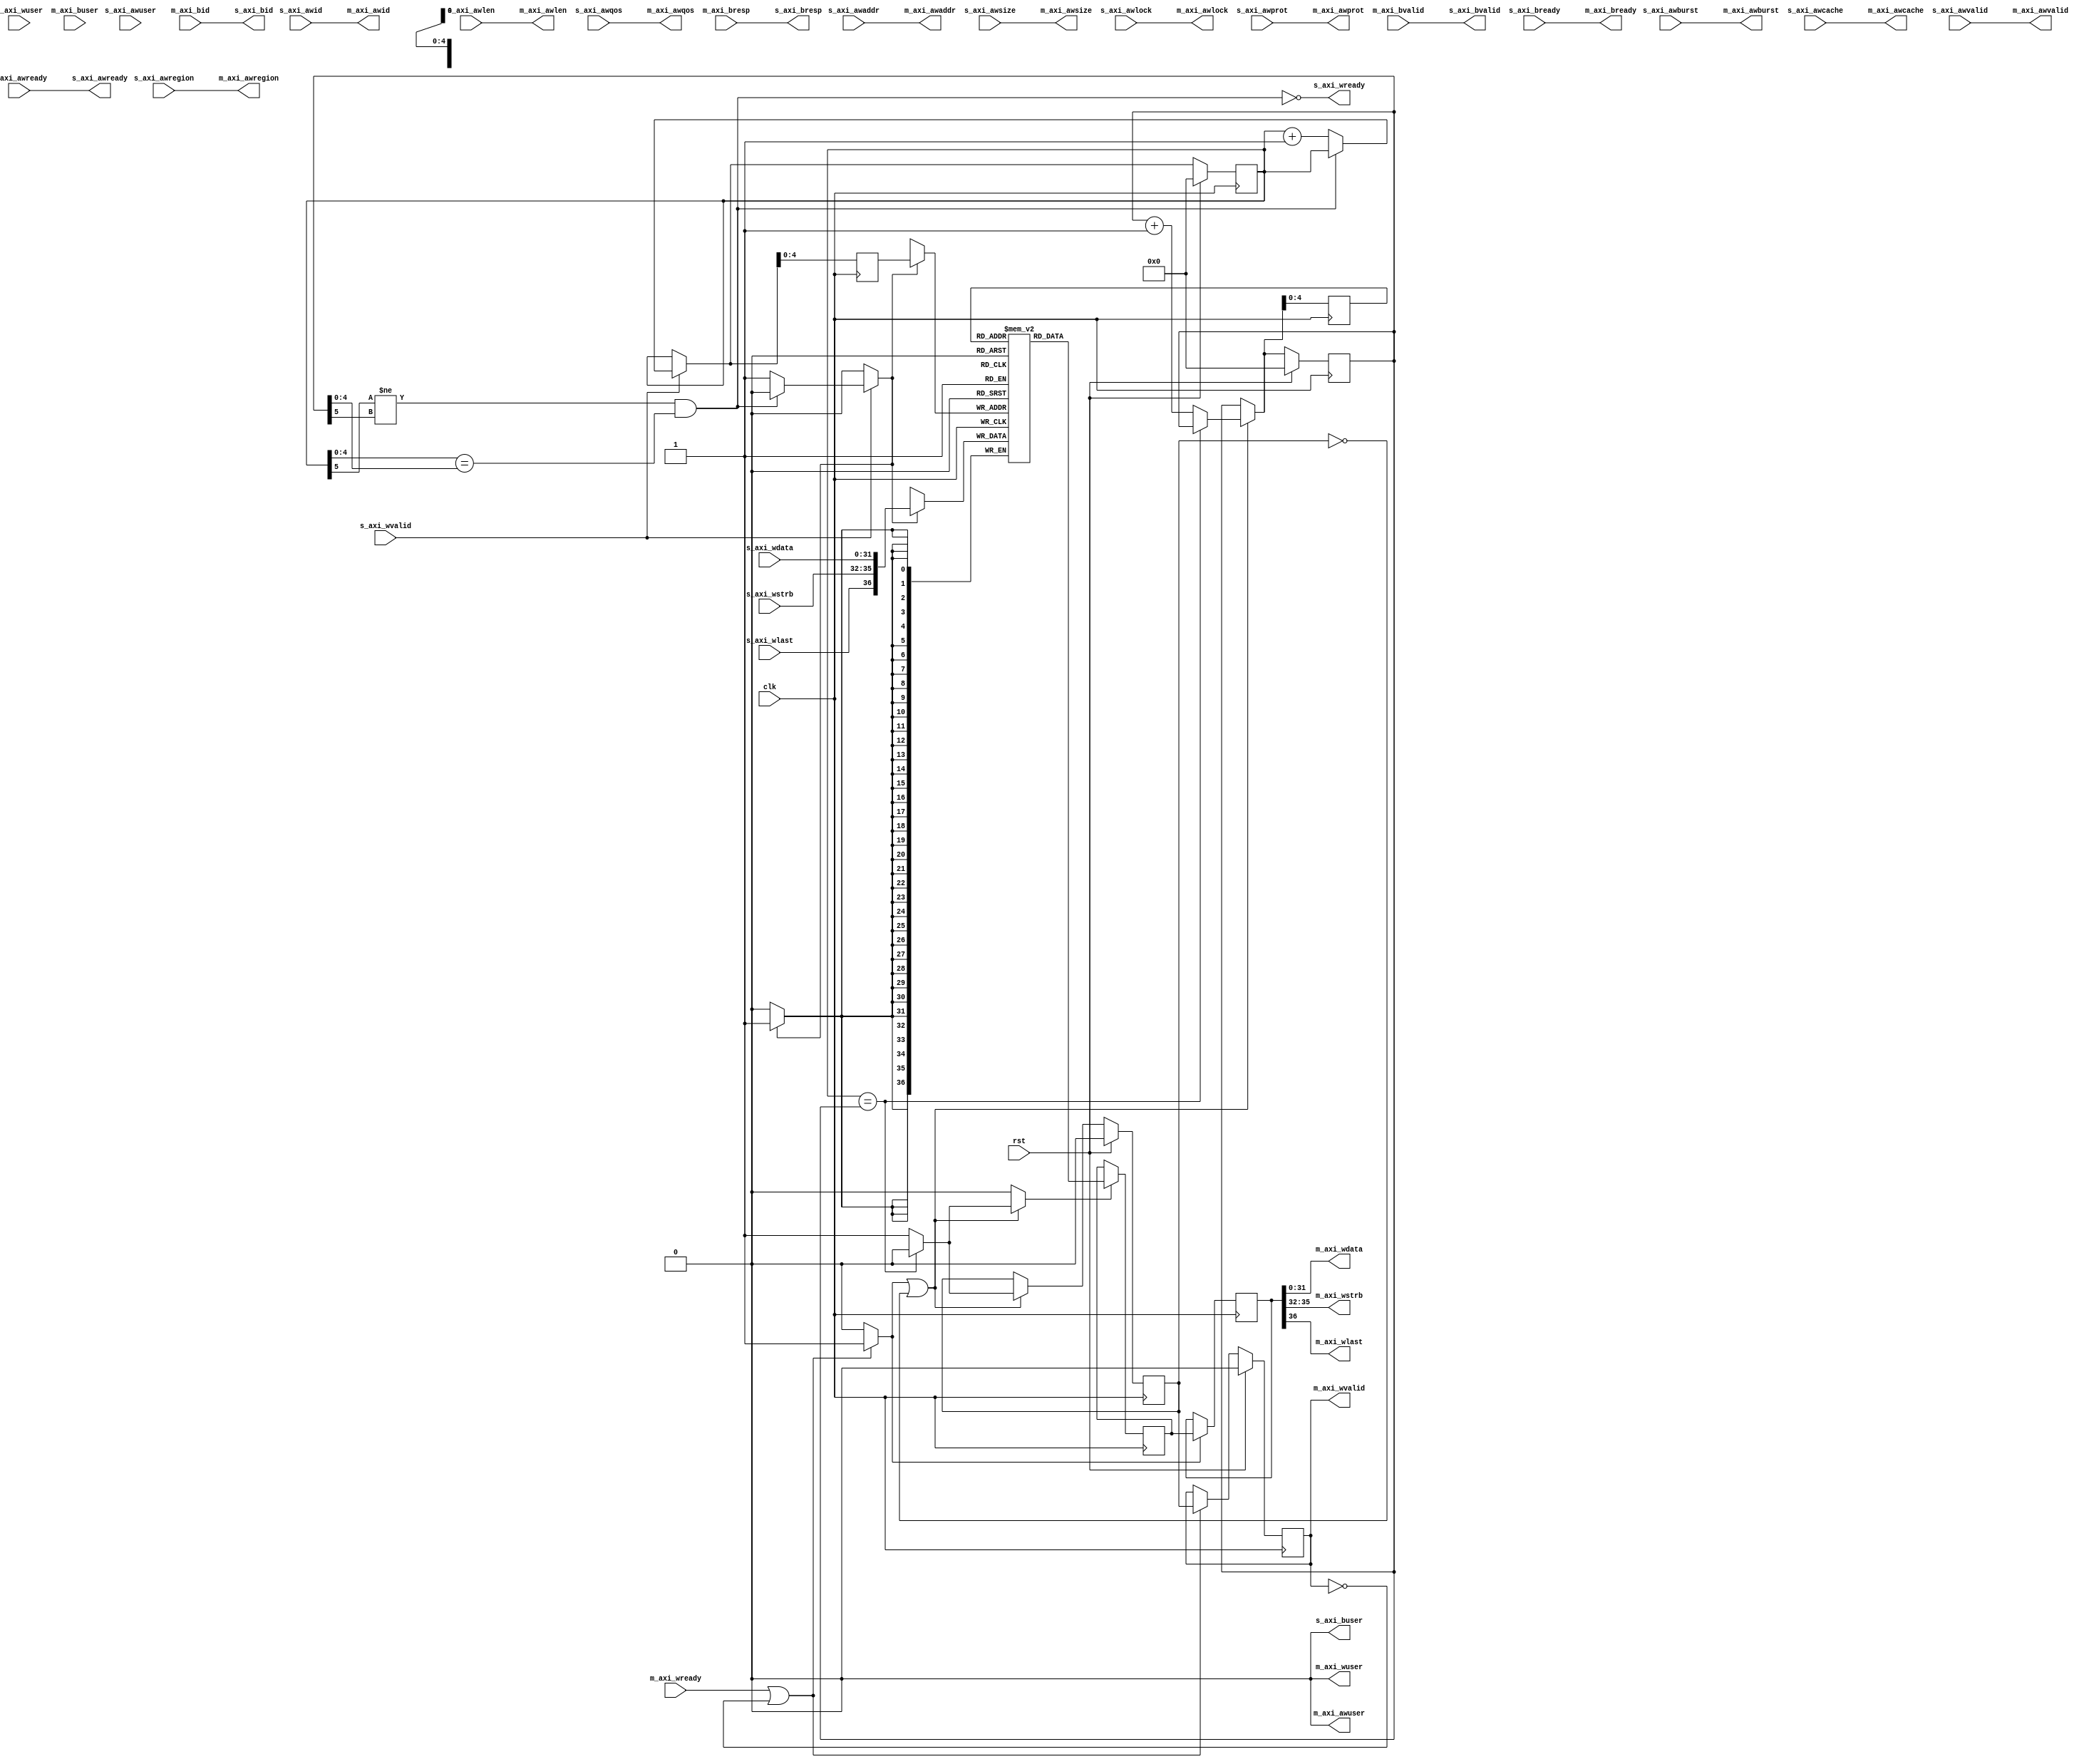
/*

Copyright (c) 2018 Alex Forencich

Permission is hereby granted, free of charge, to any person obtaining a copy
of this software and associated documentation files (the "Software"), to deal
in the Software without restriction, including without limitation the rights
to use, copy, modify, merge, publish, distribute, sublicense, and/or sell
copies of the Software, and to permit persons to whom the Software is
furnished to do so, subject to the following conditions:

The above copyright notice and this permission notice shall be included in
all copies or substantial portions of the Software.

THE SOFTWARE IS PROVIDED "AS IS", WITHOUT WARRANTY OF ANY KIND, EXPRESS OR
IMPLIED, INCLUDING BUT NOT LIMITED TO THE WARRANTIES OF MERCHANTABILITY
FITNESS FOR A PARTICULAR PURPOSE AND NONINFRINGEMENT. IN NO EVENT SHALL THE
AUTHORS OR COPYRIGHT HOLDERS BE LIABLE FOR ANY CLAIM, DAMAGES OR OTHER
LIABILITY, WHETHER IN AN ACTION OF CONTRACT, TORT OR OTHERWISE, ARISING FROM,
OUT OF OR IN CONNECTION WITH THE SOFTWARE OR THE USE OR OTHER DEALINGS IN
THE SOFTWARE.

*/

// Language: Verilog 2001

`timescale 1ns / 1ps

/*
 * AXI4 FIFO (write)
 */
module axi_fifo_wr #
(
    parameter DATA_WIDTH = 32,
    parameter ADDR_WIDTH = 32,
    parameter STRB_WIDTH = (DATA_WIDTH/8),
    parameter ID_WIDTH = 8,
    parameter AWUSER_ENABLE = 0,
    parameter AWUSER_WIDTH = 1,
    parameter WUSER_ENABLE = 0,
    parameter WUSER_WIDTH = 1,
    parameter BUSER_ENABLE = 0,
    parameter BUSER_WIDTH = 1,
    parameter FIFO_DEPTH = 32,
    parameter FIFO_DELAY = 0
)
(
    input  wire                     clk,
    input  wire                     rst,

    /*
     * AXI slave interface
     */
    input  wire [ID_WIDTH-1:0]      s_axi_awid,
    input  wire [ADDR_WIDTH-1:0]    s_axi_awaddr,
    input  wire [7:0]               s_axi_awlen,
    input  wire [2:0]               s_axi_awsize,
    input  wire [1:0]               s_axi_awburst,
    input  wire                     s_axi_awlock,
    input  wire [3:0]               s_axi_awcache,
    input  wire [2:0]               s_axi_awprot,
    input  wire [3:0]               s_axi_awqos,
    input  wire [3:0]               s_axi_awregion,
    input  wire [AWUSER_WIDTH-1:0]  s_axi_awuser,
    input  wire                     s_axi_awvalid,
    output wire                     s_axi_awready,
    input  wire [DATA_WIDTH-1:0]    s_axi_wdata,
    input  wire [STRB_WIDTH-1:0]    s_axi_wstrb,
    input  wire                     s_axi_wlast,
    input  wire [WUSER_WIDTH-1:0]   s_axi_wuser,
    input  wire                     s_axi_wvalid,
    output wire                     s_axi_wready,
    output wire [ID_WIDTH-1:0]      s_axi_bid,
    output wire [1:0]               s_axi_bresp,
    output wire [BUSER_WIDTH-1:0]   s_axi_buser,
    output wire                     s_axi_bvalid,
    input  wire                     s_axi_bready,

    /*
     * AXI master interface
     */
    output wire [ID_WIDTH-1:0]      m_axi_awid,
    output wire [ADDR_WIDTH-1:0]    m_axi_awaddr,
    output wire [7:0]               m_axi_awlen,
    output wire [2:0]               m_axi_awsize,
    output wire [1:0]               m_axi_awburst,
    output wire                     m_axi_awlock,
    output wire [3:0]               m_axi_awcache,
    output wire [2:0]               m_axi_awprot,
    output wire [3:0]               m_axi_awqos,
    output wire [3:0]               m_axi_awregion,
    output wire [AWUSER_WIDTH-1:0]  m_axi_awuser,
    output wire                     m_axi_awvalid,
    input  wire                     m_axi_awready,
    output wire [DATA_WIDTH-1:0]    m_axi_wdata,
    output wire [STRB_WIDTH-1:0]    m_axi_wstrb,
    output wire                     m_axi_wlast,
    output wire [WUSER_WIDTH-1:0]   m_axi_wuser,
    output wire                     m_axi_wvalid,
    input  wire                     m_axi_wready,
    input  wire [ID_WIDTH-1:0]      m_axi_bid,
    input  wire [1:0]               m_axi_bresp,
    input  wire [BUSER_WIDTH-1:0]   m_axi_buser,
    input  wire                     m_axi_bvalid,
    output wire                     m_axi_bready
);

parameter STRB_OFFSET  = DATA_WIDTH;
parameter LAST_OFFSET  = STRB_OFFSET + STRB_WIDTH;
parameter WUSER_OFFSET = LAST_OFFSET + 1;
parameter WWIDTH       = WUSER_OFFSET + (WUSER_ENABLE ? WUSER_WIDTH : 0);

parameter FIFO_ADDR_WIDTH = $clog2(FIFO_DEPTH);

reg [FIFO_ADDR_WIDTH:0] wr_ptr_reg = {FIFO_ADDR_WIDTH+1{1'b0}}, wr_ptr_next;
reg [FIFO_ADDR_WIDTH:0] wr_addr_reg = {FIFO_ADDR_WIDTH+1{1'b0}};
reg [FIFO_ADDR_WIDTH:0] rd_ptr_reg = {FIFO_ADDR_WIDTH+1{1'b0}}, rd_ptr_next;
reg [FIFO_ADDR_WIDTH:0] rd_addr_reg = {FIFO_ADDR_WIDTH+1{1'b0}};

reg [WWIDTH-1:0] mem[(2**FIFO_ADDR_WIDTH)-1:0];
reg [WWIDTH-1:0] mem_read_data_reg;
reg mem_read_data_valid_reg = 1'b0, mem_read_data_valid_next;

wire [WWIDTH-1:0] s_axi_w;

reg [WWIDTH-1:0] m_axi_w_reg;
reg m_axi_wvalid_reg = 1'b0, m_axi_wvalid_next;

// full when first MSB different but rest same
wire full = ((wr_ptr_reg[FIFO_ADDR_WIDTH] != rd_ptr_reg[FIFO_ADDR_WIDTH]) &&
             (wr_ptr_reg[FIFO_ADDR_WIDTH-1:0] == rd_ptr_reg[FIFO_ADDR_WIDTH-1:0]));
// empty when pointers match exactly
wire empty = wr_ptr_reg == rd_ptr_reg;

wire hold;

// control signals
reg write;
reg read;
reg store_output;

assign s_axi_wready = !full && !hold;

generate
    assign s_axi_w[DATA_WIDTH-1:0] = s_axi_wdata;
    assign s_axi_w[STRB_OFFSET +: STRB_WIDTH] = s_axi_wstrb;
    assign s_axi_w[LAST_OFFSET] = s_axi_wlast;
    if (WUSER_ENABLE) assign s_axi_w[WUSER_OFFSET +: WUSER_WIDTH] = s_axi_wuser;
endgenerate

generate

if (FIFO_DELAY) begin
    // store AW channel value until W channel burst is stored in FIFO or FIFO is full

    localparam [1:0]
        STATE_IDLE = 2'd0,
        STATE_TRANSFER_IN = 2'd1,
        STATE_TRANSFER_OUT = 2'd2;

    reg [1:0] state_reg = STATE_IDLE, state_next;

    reg hold_reg = 1'b1, hold_next;
    reg [8:0] count_reg = 9'd0, count_next;

    reg [ID_WIDTH-1:0] m_axi_awid_reg = {ID_WIDTH{1'b0}}, m_axi_awid_next;
    reg [ADDR_WIDTH-1:0] m_axi_awaddr_reg = {ADDR_WIDTH{1'b0}}, m_axi_awaddr_next;
    reg [7:0] m_axi_awlen_reg = 8'd0, m_axi_awlen_next;
    reg [2:0] m_axi_awsize_reg = 3'd0, m_axi_awsize_next;
    reg [1:0] m_axi_awburst_reg = 2'd0, m_axi_awburst_next;
    reg m_axi_awlock_reg = 1'b0, m_axi_awlock_next;
    reg [3:0] m_axi_awcache_reg = 4'd0, m_axi_awcache_next;
    reg [2:0] m_axi_awprot_reg = 3'd0, m_axi_awprot_next;
    reg [3:0] m_axi_awqos_reg = 4'd0, m_axi_awqos_next;
    reg [3:0] m_axi_awregion_reg = 4'd0, m_axi_awregion_next;
    reg [AWUSER_WIDTH-1:0] m_axi_awuser_reg = {AWUSER_WIDTH{1'b0}}, m_axi_awuser_next;
    reg m_axi_awvalid_reg = 1'b0, m_axi_awvalid_next;

    reg s_axi_awready_reg = 1'b0, s_axi_awready_next;

    assign m_axi_awid = m_axi_awid_reg;
    assign m_axi_awaddr = m_axi_awaddr_reg;
    assign m_axi_awlen = m_axi_awlen_reg;
    assign m_axi_awsize = m_axi_awsize_reg;
    assign m_axi_awburst = m_axi_awburst_reg;
    assign m_axi_awlock = m_axi_awlock_reg;
    assign m_axi_awcache = m_axi_awcache_reg;
    assign m_axi_awprot = m_axi_awprot_reg;
    assign m_axi_awqos = m_axi_awqos_reg;
    assign m_axi_awregion = m_axi_awregion_reg;
    assign m_axi_awuser = AWUSER_ENABLE ? m_axi_awuser_reg : {AWUSER_WIDTH{1'b0}};
    assign m_axi_awvalid = m_axi_awvalid_reg;

    assign s_axi_awready = s_axi_awready_reg;

    assign hold = hold_reg;

    always @* begin
        state_next = STATE_IDLE;

        hold_next = hold_reg;
        count_next = count_reg;

        m_axi_awid_next = m_axi_awid_reg;
        m_axi_awaddr_next = m_axi_awaddr_reg;
        m_axi_awlen_next = m_axi_awlen_reg;
        m_axi_awsize_next = m_axi_awsize_reg;
        m_axi_awburst_next = m_axi_awburst_reg;
        m_axi_awlock_next = m_axi_awlock_reg;
        m_axi_awcache_next = m_axi_awcache_reg;
        m_axi_awprot_next = m_axi_awprot_reg;
        m_axi_awqos_next = m_axi_awqos_reg;
        m_axi_awregion_next = m_axi_awregion_reg;
        m_axi_awuser_next = m_axi_awuser_reg;
        m_axi_awvalid_next = m_axi_awvalid_reg && !m_axi_awready;
        s_axi_awready_next = s_axi_awready_reg;

        case (state_reg)
            STATE_IDLE: begin
                s_axi_awready_next = !m_axi_awvalid;
                hold_next = 1'b1;

                if (s_axi_awready & s_axi_awvalid) begin
                    s_axi_awready_next = 1'b0;

                    m_axi_awid_next = s_axi_awid;
                    m_axi_awaddr_next = s_axi_awaddr;
                    m_axi_awlen_next = s_axi_awlen;
                    m_axi_awsize_next = s_axi_awsize;
                    m_axi_awburst_next = s_axi_awburst;
                    m_axi_awlock_next = s_axi_awlock;
                    m_axi_awcache_next = s_axi_awcache;
                    m_axi_awprot_next = s_axi_awprot;
                    m_axi_awqos_next = s_axi_awqos;
                    m_axi_awregion_next = s_axi_awregion;
                    m_axi_awuser_next = s_axi_awuser;

                    hold_next = 1'b0;
                    count_next = 0;
                    state_next = STATE_TRANSFER_IN;
                end else begin
                    state_next = STATE_IDLE;
                end
            end
            STATE_TRANSFER_IN: begin
                s_axi_awready_next = 1'b0;
                hold_next = 1'b0;

                if (s_axi_wready & s_axi_wvalid) begin
                    count_next = count_reg + 1;
                    if (count_next == 2**FIFO_ADDR_WIDTH) begin
                        m_axi_awvalid_next = 1'b1;
                        state_next = STATE_TRANSFER_OUT;
                    end else if (count_reg == m_axi_awlen) begin
                        m_axi_awvalid_next = 1'b1;
                        hold_next = 1'b1;
                        state_next = STATE_IDLE;
                    end else begin
                        state_next = STATE_TRANSFER_IN;
                    end
                end else begin
                    state_next = STATE_TRANSFER_IN;
                end
            end
            STATE_TRANSFER_OUT: begin
                s_axi_awready_next = 1'b0;
                hold_next = 1'b0;

                if (s_axi_wready & s_axi_wvalid) begin
                    count_next = count_reg + 1;
                    if (count_reg == m_axi_awlen) begin
                        hold_next = 1'b1;
                        state_next = STATE_IDLE;
                    end else begin
                        state_next = STATE_TRANSFER_OUT;
                    end
                end else begin
                    state_next = STATE_TRANSFER_OUT;
                end
            end
        endcase
    end

    always @(posedge clk) begin
        if (rst) begin
            state_reg <= STATE_IDLE;
            hold_reg <= 1'b1;
            m_axi_awvalid_reg <= 1'b0;
            s_axi_awready_reg <= 1'b0;
        end else begin
            state_reg <= state_next;
            hold_reg <= hold_next;
            m_axi_awvalid_reg <= m_axi_awvalid_next;
            s_axi_awready_reg <= s_axi_awready_next;
        end

        count_reg <= count_next;

        m_axi_awid_reg <= m_axi_awid_next;
        m_axi_awaddr_reg <= m_axi_awaddr_next;
        m_axi_awlen_reg <= m_axi_awlen_next;
        m_axi_awsize_reg <= m_axi_awsize_next;
        m_axi_awburst_reg <= m_axi_awburst_next;
        m_axi_awlock_reg <= m_axi_awlock_next;
        m_axi_awcache_reg <= m_axi_awcache_next;
        m_axi_awprot_reg <= m_axi_awprot_next;
        m_axi_awqos_reg <= m_axi_awqos_next;
        m_axi_awregion_reg <= m_axi_awregion_next;
        m_axi_awuser_reg <= m_axi_awuser_next;
    end
end else begin
    // bypass AW channel
    assign m_axi_awid = s_axi_awid;
    assign m_axi_awaddr = s_axi_awaddr;
    assign m_axi_awlen = s_axi_awlen;
    assign m_axi_awsize = s_axi_awsize;
    assign m_axi_awburst = s_axi_awburst;
    assign m_axi_awlock = s_axi_awlock;
    assign m_axi_awcache = s_axi_awcache;
    assign m_axi_awprot = s_axi_awprot;
    assign m_axi_awqos = s_axi_awqos;
    assign m_axi_awregion = s_axi_awregion;
    assign m_axi_awuser = AWUSER_ENABLE ? s_axi_awuser : {AWUSER_WIDTH{1'b0}};
    assign m_axi_awvalid = s_axi_awvalid;
    assign s_axi_awready = m_axi_awready;

    assign hold = 1'b0;
end

endgenerate

// bypass B channel
assign s_axi_bid = m_axi_bid;
assign s_axi_bresp = m_axi_bresp;
assign s_axi_buser = BUSER_ENABLE ? m_axi_buser : {BUSER_WIDTH{1'b0}};
assign s_axi_bvalid = m_axi_bvalid;
assign m_axi_bready = s_axi_bready;

assign m_axi_wvalid = m_axi_wvalid_reg;

assign m_axi_wdata = m_axi_w_reg[DATA_WIDTH-1:0];
assign m_axi_wstrb = m_axi_w_reg[STRB_OFFSET +: STRB_WIDTH];
assign m_axi_wlast = m_axi_w_reg[LAST_OFFSET];
assign m_axi_wuser = WUSER_ENABLE ? m_axi_w_reg[WUSER_OFFSET +: WUSER_WIDTH] : {WUSER_WIDTH{1'b0}};

// Write logic
always @* begin
    write = 1'b0;

    wr_ptr_next = wr_ptr_reg;

    if (s_axi_wvalid) begin
        // input data valid
        if (!full && !hold) begin
            // not full, perform write
            write = 1'b1;
            wr_ptr_next = wr_ptr_reg + 1;
        end
    end
end

always @(posedge clk) begin
    if (rst) begin
        wr_ptr_reg <= {FIFO_ADDR_WIDTH+1{1'b0}};
    end else begin
        wr_ptr_reg <= wr_ptr_next;
    end

    wr_addr_reg <= wr_ptr_next;

    if (write) begin
        mem[wr_addr_reg[FIFO_ADDR_WIDTH-1:0]] <= s_axi_w;
    end
end

// Read logic
always @* begin
    read = 1'b0;

    rd_ptr_next = rd_ptr_reg;

    mem_read_data_valid_next = mem_read_data_valid_reg;

    if (store_output || !mem_read_data_valid_reg) begin
        // output data not valid OR currently being transferred
        if (!empty) begin
            // not empty, perform read
            read = 1'b1;
            mem_read_data_valid_next = 1'b1;
            rd_ptr_next = rd_ptr_reg + 1;
        end else begin
            // empty, invalidate
            mem_read_data_valid_next = 1'b0;
        end
    end
end

always @(posedge clk) begin
    if (rst) begin
        rd_ptr_reg <= {FIFO_ADDR_WIDTH+1{1'b0}};
        mem_read_data_valid_reg <= 1'b0;
    end else begin
        rd_ptr_reg <= rd_ptr_next;
        mem_read_data_valid_reg <= mem_read_data_valid_next;
    end

    rd_addr_reg <= rd_ptr_next;

    if (read) begin
        mem_read_data_reg <= mem[rd_addr_reg[FIFO_ADDR_WIDTH-1:0]];
    end
end

// Output register
always @* begin
    store_output = 1'b0;

    m_axi_wvalid_next = m_axi_wvalid_reg;

    if (m_axi_wready || !m_axi_wvalid) begin
        store_output = 1'b1;
        m_axi_wvalid_next = mem_read_data_valid_reg;
    end
end

always @(posedge clk) begin
    if (rst) begin
        m_axi_wvalid_reg <= 1'b0;
    end else begin
        m_axi_wvalid_reg <= m_axi_wvalid_next;
    end

    if (store_output) begin
        m_axi_w_reg <= mem_read_data_reg;
    end
end

endmodule

/*

Copyright (c) 2018 Alex Forencich

Permission is hereby granted, free of charge, to any person obtaining a copy
of this software and associated documentation files (the "Software"), to deal
in the Software without restriction, including without limitation the rights
to use, copy, modify, merge, publish, distribute, sublicense, and/or sell
copies of the Software, and to permit persons to whom the Software is
furnished to do so, subject to the following conditions:

The above copyright notice and this permission notice shall be included in
all copies or substantial portions of the Software.

THE SOFTWARE IS PROVIDED "AS IS", WITHOUT WARRANTY OF ANY KIND, EXPRESS OR
IMPLIED, INCLUDING BUT NOT LIMITED TO THE WARRANTIES OF MERCHANTABILITY
FITNESS FOR A PARTICULAR PURPOSE AND NONINFRINGEMENT. IN NO EVENT SHALL THE
AUTHORS OR COPYRIGHT HOLDERS BE LIABLE FOR ANY CLAIM, DAMAGES OR OTHER
LIABILITY, WHETHER IN AN ACTION OF CONTRACT, TORT OR OTHERWISE, ARISING FROM,
OUT OF OR IN CONNECTION WITH THE SOFTWARE OR THE USE OR OTHER DEALINGS IN
THE SOFTWARE.

*/

// Language: Verilog 2001

`timescale 1ns / 1ps

/*
 * AXI4 FIFO (read)
 */
module axi_fifo_rd #
(
    parameter DATA_WIDTH = 32,
    parameter ADDR_WIDTH = 32,
    parameter STRB_WIDTH = (DATA_WIDTH/8),
    parameter ID_WIDTH = 8,
    parameter ARUSER_ENABLE = 0,
    parameter ARUSER_WIDTH = 1,
    parameter RUSER_ENABLE = 0,
    parameter RUSER_WIDTH = 1,
    parameter FIFO_DEPTH = 32,
    parameter FIFO_DELAY = 0
)
(
    input  wire                     clk,
    input  wire                     rst,

    /*
     * AXI slave interface
     */
    input  wire [ID_WIDTH-1:0]      s_axi_arid,
    input  wire [ADDR_WIDTH-1:0]    s_axi_araddr,
    input  wire [7:0]               s_axi_arlen,
    input  wire [2:0]               s_axi_arsize,
    input  wire [1:0]               s_axi_arburst,
    input  wire                     s_axi_arlock,
    input  wire [3:0]               s_axi_arcache,
    input  wire [2:0]               s_axi_arprot,
    input  wire [3:0]               s_axi_arqos,
    input  wire [3:0]               s_axi_arregion,
    input  wire [ARUSER_WIDTH-1:0]  s_axi_aruser,
    input  wire                     s_axi_arvalid,
    output wire                     s_axi_arready,
    output wire [ID_WIDTH-1:0]      s_axi_rid,
    output wire [DATA_WIDTH-1:0]    s_axi_rdata,
    output wire [1:0]               s_axi_rresp,
    output wire                     s_axi_rlast,
    output wire [RUSER_WIDTH-1:0]   s_axi_ruser,
    output wire                     s_axi_rvalid,
    input  wire                     s_axi_rready,

    /*
     * AXI master interface
     */
    output wire [ID_WIDTH-1:0]      m_axi_arid,
    output wire [ADDR_WIDTH-1:0]    m_axi_araddr,
    output wire [7:0]               m_axi_arlen,
    output wire [2:0]               m_axi_arsize,
    output wire [1:0]               m_axi_arburst,
    output wire                     m_axi_arlock,
    output wire [3:0]               m_axi_arcache,
    output wire [2:0]               m_axi_arprot,
    output wire [3:0]               m_axi_arqos,
    output wire [3:0]               m_axi_arregion,
    output wire [ARUSER_WIDTH-1:0]  m_axi_aruser,
    output wire                     m_axi_arvalid,
    input  wire                     m_axi_arready,
    input  wire [ID_WIDTH-1:0]      m_axi_rid,
    input  wire [DATA_WIDTH-1:0]    m_axi_rdata,
    input  wire [1:0]               m_axi_rresp,
    input  wire                     m_axi_rlast,
    input  wire [RUSER_WIDTH-1:0]   m_axi_ruser,
    input  wire                     m_axi_rvalid,
    output wire                     m_axi_rready
);

parameter LAST_OFFSET  = DATA_WIDTH;
parameter ID_OFFSET    = LAST_OFFSET + 1;
parameter RESP_OFFSET  = ID_OFFSET + ID_WIDTH;
parameter RUSER_OFFSET = RESP_OFFSET + 2;
parameter RWIDTH       = RUSER_OFFSET + (RUSER_ENABLE ? RUSER_WIDTH : 0);

parameter FIFO_ADDR_WIDTH = $clog2(FIFO_DEPTH);

reg [FIFO_ADDR_WIDTH:0] wr_ptr_reg = {FIFO_ADDR_WIDTH+1{1'b0}}, wr_ptr_next;
reg [FIFO_ADDR_WIDTH:0] wr_addr_reg = {FIFO_ADDR_WIDTH+1{1'b0}};
reg [FIFO_ADDR_WIDTH:0] rd_ptr_reg = {FIFO_ADDR_WIDTH+1{1'b0}}, rd_ptr_next;
reg [FIFO_ADDR_WIDTH:0] rd_addr_reg = {FIFO_ADDR_WIDTH+1{1'b0}};

reg [RWIDTH-1:0] mem[(2**FIFO_ADDR_WIDTH)-1:0];
reg [RWIDTH-1:0] mem_read_data_reg;
reg mem_read_data_valid_reg = 1'b0, mem_read_data_valid_next;

wire [RWIDTH-1:0] m_axi_r;

reg [RWIDTH-1:0] s_axi_r_reg;
reg s_axi_rvalid_reg = 1'b0, s_axi_rvalid_next;

// full when first MSB different but rest same
wire full = ((wr_ptr_reg[FIFO_ADDR_WIDTH] != rd_ptr_reg[FIFO_ADDR_WIDTH]) &&
             (wr_ptr_reg[FIFO_ADDR_WIDTH-1:0] == rd_ptr_reg[FIFO_ADDR_WIDTH-1:0]));
// empty when pointers match exactly
wire empty = wr_ptr_reg == rd_ptr_reg;

// control signals
reg write;
reg read;
reg store_output;

assign m_axi_rready = !full;

generate
    assign m_axi_r[DATA_WIDTH-1:0] = m_axi_rdata;
    assign m_axi_r[LAST_OFFSET] = m_axi_rlast;
    assign m_axi_r[ID_OFFSET +: ID_WIDTH] = m_axi_rid;
    assign m_axi_r[RESP_OFFSET +: 2] = m_axi_rresp;
    if (RUSER_ENABLE) assign m_axi_r[RUSER_OFFSET +: RUSER_WIDTH] = m_axi_ruser;
endgenerate

generate

if (FIFO_DELAY) begin
    // store AR channel value until there is enough space to store R channel burst in FIFO or FIFO is empty

    localparam COUNT_WIDTH = (FIFO_ADDR_WIDTH > 8 ? FIFO_ADDR_WIDTH : 8) + 1;

    localparam [1:0]
        STATE_IDLE = 1'd0,
        STATE_WAIT = 1'd1;

    reg [1:0] state_reg = STATE_IDLE, state_next;

    reg [COUNT_WIDTH-1:0] count_reg = 0, count_next;

    reg [ID_WIDTH-1:0] m_axi_arid_reg = {ID_WIDTH{1'b0}}, m_axi_arid_next;
    reg [ADDR_WIDTH-1:0] m_axi_araddr_reg = {ADDR_WIDTH{1'b0}}, m_axi_araddr_next;
    reg [7:0] m_axi_arlen_reg = 8'd0, m_axi_arlen_next;
    reg [2:0] m_axi_arsize_reg = 3'd0, m_axi_arsize_next;
    reg [1:0] m_axi_arburst_reg = 2'd0, m_axi_arburst_next;
    reg m_axi_arlock_reg = 1'b0, m_axi_arlock_next;
    reg [3:0] m_axi_arcache_reg = 4'd0, m_axi_arcache_next;
    reg [2:0] m_axi_arprot_reg = 3'd0, m_axi_arprot_next;
    reg [3:0] m_axi_arqos_reg = 4'd0, m_axi_arqos_next;
    reg [3:0] m_axi_arregion_reg = 4'd0, m_axi_arregion_next;
    reg [ARUSER_WIDTH-1:0] m_axi_aruser_reg = {ARUSER_WIDTH{1'b0}}, m_axi_aruser_next;
    reg m_axi_arvalid_reg = 1'b0, m_axi_arvalid_next;

    reg s_axi_arready_reg = 1'b0, s_axi_arready_next;

    assign m_axi_arid = m_axi_arid_reg;
    assign m_axi_araddr = m_axi_araddr_reg;
    assign m_axi_arlen = m_axi_arlen_reg;
    assign m_axi_arsize = m_axi_arsize_reg;
    assign m_axi_arburst = m_axi_arburst_reg;
    assign m_axi_arlock = m_axi_arlock_reg;
    assign m_axi_arcache = m_axi_arcache_reg;
    assign m_axi_arprot = m_axi_arprot_reg;
    assign m_axi_arqos = m_axi_arqos_reg;
    assign m_axi_arregion = m_axi_arregion_reg;
    assign m_axi_aruser = ARUSER_ENABLE ? m_axi_aruser_reg : {ARUSER_WIDTH{1'b0}};
    assign m_axi_arvalid = m_axi_arvalid_reg;

    assign s_axi_arready = s_axi_arready_reg;

    always @* begin
        state_next = STATE_IDLE;

        count_next = count_reg;

        m_axi_arid_next = m_axi_arid_reg;
        m_axi_araddr_next = m_axi_araddr_reg;
        m_axi_arlen_next = m_axi_arlen_reg;
        m_axi_arsize_next = m_axi_arsize_reg;
        m_axi_arburst_next = m_axi_arburst_reg;
        m_axi_arlock_next = m_axi_arlock_reg;
        m_axi_arcache_next = m_axi_arcache_reg;
        m_axi_arprot_next = m_axi_arprot_reg;
        m_axi_arqos_next = m_axi_arqos_reg;
        m_axi_arregion_next = m_axi_arregion_reg;
        m_axi_aruser_next = m_axi_aruser_reg;
        m_axi_arvalid_next = m_axi_arvalid_reg && !m_axi_arready;
        s_axi_arready_next = s_axi_arready_reg;

        case (state_reg)
            STATE_IDLE: begin
                s_axi_arready_next = !m_axi_arvalid;

                if (s_axi_arready & s_axi_arvalid) begin
                    s_axi_arready_next = 1'b0;

                    m_axi_arid_next = s_axi_arid;
                    m_axi_araddr_next = s_axi_araddr;
                    m_axi_arlen_next = s_axi_arlen;
                    m_axi_arsize_next = s_axi_arsize;
                    m_axi_arburst_next = s_axi_arburst;
                    m_axi_arlock_next = s_axi_arlock;
                    m_axi_arcache_next = s_axi_arcache;
                    m_axi_arprot_next = s_axi_arprot;
                    m_axi_arqos_next = s_axi_arqos;
                    m_axi_arregion_next = s_axi_arregion;
                    m_axi_aruser_next = s_axi_aruser;

                    if (count_reg == 0 || count_reg + m_axi_arlen_next + 1 <= 2**FIFO_ADDR_WIDTH) begin
                        count_next = count_reg + m_axi_arlen_next + 1;
                        m_axi_arvalid_next = 1'b1;
                        s_axi_arready_next = 1'b0;
                        state_next = STATE_IDLE;
                    end else begin
                        s_axi_arready_next = 1'b0;
                        state_next = STATE_WAIT;
                    end
                end else begin
                    state_next = STATE_IDLE;
                end
            end
            STATE_WAIT: begin
                s_axi_arready_next = 1'b0;

                if (count_reg == 0 || count_reg + m_axi_arlen_reg + 1 <= 2**FIFO_ADDR_WIDTH) begin
                    count_next = count_reg + m_axi_arlen_reg + 1;
                    m_axi_arvalid_next = 1'b1;
                    state_next = STATE_IDLE;
                end else begin
                    state_next = STATE_WAIT;
                end
            end
        endcase

        if (s_axi_rready && s_axi_rvalid) begin
            count_next = count_next - 1;
        end
    end

    always @(posedge clk) begin
        if (rst) begin
            state_reg <= STATE_IDLE;
            m_axi_arvalid_reg <= 1'b0;
            s_axi_arready_reg <= 1'b0;
        end else begin
            state_reg <= state_next;
            m_axi_arvalid_reg <= m_axi_arvalid_next;
            s_axi_arready_reg <= s_axi_arready_next;
        end

        count_reg <= count_next;

        m_axi_arid_reg <= m_axi_arid_next;
        m_axi_araddr_reg <= m_axi_araddr_next;
        m_axi_arlen_reg <= m_axi_arlen_next;
        m_axi_arsize_reg <= m_axi_arsize_next;
        m_axi_arburst_reg <= m_axi_arburst_next;
        m_axi_arlock_reg <= m_axi_arlock_next;
        m_axi_arcache_reg <= m_axi_arcache_next;
        m_axi_arprot_reg <= m_axi_arprot_next;
        m_axi_arqos_reg <= m_axi_arqos_next;
        m_axi_arregion_reg <= m_axi_arregion_next;
        m_axi_aruser_reg <= m_axi_aruser_next;
    end
end else begin
    // bypass AR channel
    assign m_axi_arid = s_axi_arid;
    assign m_axi_araddr = s_axi_araddr;
    assign m_axi_arlen = s_axi_arlen;
    assign m_axi_arsize = s_axi_arsize;
    assign m_axi_arburst = s_axi_arburst;
    assign m_axi_arlock = s_axi_arlock;
    assign m_axi_arcache = s_axi_arcache;
    assign m_axi_arprot = s_axi_arprot;
    assign m_axi_arqos = s_axi_arqos;
    assign m_axi_arregion = s_axi_arregion;
    assign m_axi_aruser = ARUSER_ENABLE ? s_axi_aruser : {ARUSER_WIDTH{1'b0}};
    assign m_axi_arvalid = s_axi_arvalid;
    assign s_axi_arready = m_axi_arready;
end

endgenerate

assign s_axi_rvalid = s_axi_rvalid_reg;

assign s_axi_rdata = s_axi_r_reg[DATA_WIDTH-1:0];
assign s_axi_rlast = s_axi_r_reg[LAST_OFFSET];
assign s_axi_rid   = s_axi_r_reg[ID_OFFSET +: ID_WIDTH];
assign s_axi_rresp = s_axi_r_reg[RESP_OFFSET +: 2];
assign s_axi_ruser = RUSER_ENABLE ? s_axi_r_reg[RUSER_OFFSET +: RUSER_WIDTH] : {RUSER_WIDTH{1'b0}};

// Write logic
always @* begin
    write = 1'b0;

    wr_ptr_next = wr_ptr_reg;

    if (m_axi_rvalid) begin
        // input data valid
        if (!full) begin
            // not full, perform write
            write = 1'b1;
            wr_ptr_next = wr_ptr_reg + 1;
        end
    end
end

always @(posedge clk) begin
    if (rst) begin
        wr_ptr_reg <= {FIFO_ADDR_WIDTH+1{1'b0}};
    end else begin
        wr_ptr_reg <= wr_ptr_next;
    end

    wr_addr_reg <= wr_ptr_next;

    if (write) begin
        mem[wr_addr_reg[FIFO_ADDR_WIDTH-1:0]] <= m_axi_r;
    end
end

// Read logic
always @* begin
    read = 1'b0;

    rd_ptr_next = rd_ptr_reg;

    mem_read_data_valid_next = mem_read_data_valid_reg;

    if (store_output || !mem_read_data_valid_reg) begin
        // output data not valid OR currently being transferred
        if (!empty) begin
            // not empty, perform read
            read = 1'b1;
            mem_read_data_valid_next = 1'b1;
            rd_ptr_next = rd_ptr_reg + 1;
        end else begin
            // empty, invalidate
            mem_read_data_valid_next = 1'b0;
        end
    end
end

always @(posedge clk) begin
    if (rst) begin
        rd_ptr_reg <= {FIFO_ADDR_WIDTH+1{1'b0}};
        mem_read_data_valid_reg <= 1'b0;
    end else begin
        rd_ptr_reg <= rd_ptr_next;
        mem_read_data_valid_reg <= mem_read_data_valid_next;
    end

    rd_addr_reg <= rd_ptr_next;

    if (read) begin
        mem_read_data_reg <= mem[rd_addr_reg[FIFO_ADDR_WIDTH-1:0]];
    end
end

// Output register
always @* begin
    store_output = 1'b0;

    s_axi_rvalid_next = s_axi_rvalid_reg;

    if (s_axi_rready || !s_axi_rvalid) begin
        store_output = 1'b1;
        s_axi_rvalid_next = mem_read_data_valid_reg;
    end
end

always @(posedge clk) begin
    if (rst) begin
        s_axi_rvalid_reg <= 1'b0;
    end else begin
        s_axi_rvalid_reg <= s_axi_rvalid_next;
    end

    if (store_output) begin
        s_axi_r_reg <= mem_read_data_reg;
    end
end

endmodule

/*

Copyright (c) 2018 Alex Forencich

Permission is hereby granted, free of charge, to any person obtaining a copy
of this software and associated documentation files (the "Software"), to deal
in the Software without restriction, including without limitation the rights
to use, copy, modify, merge, publish, distribute, sublicense, and/or sell
copies of the Software, and to permit persons to whom the Software is
furnished to do so, subject to the following conditions:

The above copyright notice and this permission notice shall be included in
all copies or substantial portions of the Software.

THE SOFTWARE IS PROVIDED "AS IS", WITHOUT WARRANTY OF ANY KIND, EXPRESS OR
IMPLIED, INCLUDING BUT NOT LIMITED TO THE WARRANTIES OF MERCHANTABILITY
FITNESS FOR A PARTICULAR PURPOSE AND NONINFRINGEMENT. IN NO EVENT SHALL THE
AUTHORS OR COPYRIGHT HOLDERS BE LIABLE FOR ANY CLAIM, DAMAGES OR OTHER
LIABILITY, WHETHER IN AN ACTION OF CONTRACT, TORT OR OTHERWISE, ARISING FROM,
OUT OF OR IN CONNECTION WITH THE SOFTWARE OR THE USE OR OTHER DEALINGS IN
THE SOFTWARE.

*/

// Language: Verilog 2001

`timescale 1ns / 1ps

/*
 * AXI4 FIFO
 */
module axi_fifo #
(
    parameter DATA_WIDTH = 32,
    parameter ADDR_WIDTH = 32,
    parameter STRB_WIDTH = (DATA_WIDTH/8),
    parameter ID_WIDTH = 8,
    parameter AWUSER_ENABLE = 0,
    parameter AWUSER_WIDTH = 1,
    parameter WUSER_ENABLE = 0,
    parameter WUSER_WIDTH = 1,
    parameter BUSER_ENABLE = 0,
    parameter BUSER_WIDTH = 1,
    parameter ARUSER_ENABLE = 0,
    parameter ARUSER_WIDTH = 1,
    parameter RUSER_ENABLE = 0,
    parameter RUSER_WIDTH = 1,
    parameter WRITE_FIFO_DEPTH = 32,
    parameter READ_FIFO_DEPTH = 32,
    parameter WRITE_FIFO_DELAY = 0,
    parameter READ_FIFO_DELAY = 0
)
(
    input  wire                     clk,
    input  wire                     rst,

    /*
     * AXI slave interface
     */
    input  wire [ID_WIDTH-1:0]      s_axi_awid,
    input  wire [ADDR_WIDTH-1:0]    s_axi_awaddr,
    input  wire [7:0]               s_axi_awlen,
    input  wire [2:0]               s_axi_awsize,
    input  wire [1:0]               s_axi_awburst,
    input  wire                     s_axi_awlock,
    input  wire [3:0]               s_axi_awcache,
    input  wire [2:0]               s_axi_awprot,
    input  wire [3:0]               s_axi_awqos,
    input  wire [3:0]               s_axi_awregion,
    input  wire [AWUSER_WIDTH-1:0]  s_axi_awuser,
    input  wire                     s_axi_awvalid,
    output wire                     s_axi_awready,
    input  wire [DATA_WIDTH-1:0]    s_axi_wdata,
    input  wire [STRB_WIDTH-1:0]    s_axi_wstrb,
    input  wire                     s_axi_wlast,
    input  wire [WUSER_WIDTH-1:0]   s_axi_wuser,
    input  wire                     s_axi_wvalid,
    output wire                     s_axi_wready,
    output wire [ID_WIDTH-1:0]      s_axi_bid,
    output wire [1:0]               s_axi_bresp,
    output wire [BUSER_WIDTH-1:0]   s_axi_buser,
    output wire                     s_axi_bvalid,
    input  wire                     s_axi_bready,
    input  wire [ID_WIDTH-1:0]      s_axi_arid,
    input  wire [ADDR_WIDTH-1:0]    s_axi_araddr,
    input  wire [7:0]               s_axi_arlen,
    input  wire [2:0]               s_axi_arsize,
    input  wire [1:0]               s_axi_arburst,
    input  wire                     s_axi_arlock,
    input  wire [3:0]               s_axi_arcache,
    input  wire [2:0]               s_axi_arprot,
    input  wire [3:0]               s_axi_arqos,
    input  wire [3:0]               s_axi_arregion,
    input  wire [ARUSER_WIDTH-1:0]  s_axi_aruser,
    input  wire                     s_axi_arvalid,
    output wire                     s_axi_arready,
    output wire [ID_WIDTH-1:0]      s_axi_rid,
    output wire [DATA_WIDTH-1:0]    s_axi_rdata,
    output wire [1:0]               s_axi_rresp,
    output wire                     s_axi_rlast,
    output wire [RUSER_WIDTH-1:0]   s_axi_ruser,
    output wire                     s_axi_rvalid,
    input  wire                     s_axi_rready,

    /*
     * AXI master interface
     */
    output wire [ID_WIDTH-1:0]      m_axi_awid,
    output wire [ADDR_WIDTH-1:0]    m_axi_awaddr,
    output wire [7:0]               m_axi_awlen,
    output wire [2:0]               m_axi_awsize,
    output wire [1:0]               m_axi_awburst,
    output wire                     m_axi_awlock,
    output wire [3:0]               m_axi_awcache,
    output wire [2:0]               m_axi_awprot,
    output wire [3:0]               m_axi_awqos,
    output wire [3:0]               m_axi_awregion,
    output wire [AWUSER_WIDTH-1:0]  m_axi_awuser,
    output wire                     m_axi_awvalid,
    input  wire                     m_axi_awready,
    output wire [DATA_WIDTH-1:0]    m_axi_wdata,
    output wire [STRB_WIDTH-1:0]    m_axi_wstrb,
    output wire                     m_axi_wlast,
    output wire [WUSER_WIDTH-1:0]   m_axi_wuser,
    output wire                     m_axi_wvalid,
    input  wire                     m_axi_wready,
    input  wire [ID_WIDTH-1:0]      m_axi_bid,
    input  wire [1:0]               m_axi_bresp,
    input  wire [BUSER_WIDTH-1:0]   m_axi_buser,
    input  wire                     m_axi_bvalid,
    output wire                     m_axi_bready,
    output wire [ID_WIDTH-1:0]      m_axi_arid,
    output wire [ADDR_WIDTH-1:0]    m_axi_araddr,
    output wire [7:0]               m_axi_arlen,
    output wire [2:0]               m_axi_arsize,
    output wire [1:0]               m_axi_arburst,
    output wire                     m_axi_arlock,
    output wire [3:0]               m_axi_arcache,
    output wire [2:0]               m_axi_arprot,
    output wire [3:0]               m_axi_arqos,
    output wire [3:0]               m_axi_arregion,
    output wire [ARUSER_WIDTH-1:0]  m_axi_aruser,
    output wire                     m_axi_arvalid,
    input  wire                     m_axi_arready,
    input  wire [ID_WIDTH-1:0]      m_axi_rid,
    input  wire [DATA_WIDTH-1:0]    m_axi_rdata,
    input  wire [1:0]               m_axi_rresp,
    input  wire                     m_axi_rlast,
    input  wire [RUSER_WIDTH-1:0]   m_axi_ruser,
    input  wire                     m_axi_rvalid,
    output wire                     m_axi_rready
);

axi_fifo_wr #(
    .DATA_WIDTH(DATA_WIDTH),
    .ADDR_WIDTH(ADDR_WIDTH),
    .STRB_WIDTH(STRB_WIDTH),
    .ID_WIDTH(ID_WIDTH),
    .AWUSER_ENABLE(AWUSER_ENABLE),
    .AWUSER_WIDTH(AWUSER_WIDTH),
    .WUSER_ENABLE(WUSER_ENABLE),
    .WUSER_WIDTH(WUSER_WIDTH),
    .BUSER_ENABLE(BUSER_ENABLE),
    .BUSER_WIDTH(BUSER_WIDTH),
    .FIFO_DEPTH(WRITE_FIFO_DEPTH),
    .FIFO_DELAY(WRITE_FIFO_DELAY)
)
axi_fifo_wr_inst (
    .clk(clk),
    .rst(rst),

    /*
     * AXI slave interface
     */
    .s_axi_awid(s_axi_awid),
    .s_axi_awaddr(s_axi_awaddr),
    .s_axi_awlen(s_axi_awlen),
    .s_axi_awsize(s_axi_awsize),
    .s_axi_awburst(s_axi_awburst),
    .s_axi_awlock(s_axi_awlock),
    .s_axi_awcache(s_axi_awcache),
    .s_axi_awprot(s_axi_awprot),
    .s_axi_awqos(s_axi_awqos),
    .s_axi_awregion(s_axi_awregion),
    .s_axi_awuser(s_axi_awuser),
    .s_axi_awvalid(s_axi_awvalid),
    .s_axi_awready(s_axi_awready),
    .s_axi_wdata(s_axi_wdata),
    .s_axi_wstrb(s_axi_wstrb),
    .s_axi_wlast(s_axi_wlast),
    .s_axi_wuser(s_axi_wuser),
    .s_axi_wvalid(s_axi_wvalid),
    .s_axi_wready(s_axi_wready),
    .s_axi_bid(s_axi_bid),
    .s_axi_bresp(s_axi_bresp),
    .s_axi_buser(s_axi_buser),
    .s_axi_bvalid(s_axi_bvalid),
    .s_axi_bready(s_axi_bready),

    /*
     * AXI master interface
     */
    .m_axi_awid(m_axi_awid),
    .m_axi_awaddr(m_axi_awaddr),
    .m_axi_awlen(m_axi_awlen),
    .m_axi_awsize(m_axi_awsize),
    .m_axi_awburst(m_axi_awburst),
    .m_axi_awlock(m_axi_awlock),
    .m_axi_awcache(m_axi_awcache),
    .m_axi_awprot(m_axi_awprot),
    .m_axi_awqos(m_axi_awqos),
    .m_axi_awregion(m_axi_awregion),
    .m_axi_awuser(m_axi_awuser),
    .m_axi_awvalid(m_axi_awvalid),
    .m_axi_awready(m_axi_awready),
    .m_axi_wdata(m_axi_wdata),
    .m_axi_wstrb(m_axi_wstrb),
    .m_axi_wlast(m_axi_wlast),
    .m_axi_wuser(m_axi_wuser),
    .m_axi_wvalid(m_axi_wvalid),
    .m_axi_wready(m_axi_wready),
    .m_axi_bid(m_axi_bid),
    .m_axi_bresp(m_axi_bresp),
    .m_axi_buser(m_axi_buser),
    .m_axi_bvalid(m_axi_bvalid),
    .m_axi_bready(m_axi_bready)
);

axi_fifo_rd #(
    .DATA_WIDTH(DATA_WIDTH),
    .ADDR_WIDTH(ADDR_WIDTH),
    .STRB_WIDTH(STRB_WIDTH),
    .ID_WIDTH(ID_WIDTH),
    .ARUSER_ENABLE(ARUSER_ENABLE),
    .ARUSER_WIDTH(ARUSER_WIDTH),
    .RUSER_ENABLE(RUSER_ENABLE),
    .RUSER_WIDTH(RUSER_WIDTH),
    .FIFO_DEPTH(READ_FIFO_DEPTH),
    .FIFO_DELAY(READ_FIFO_DELAY)
)
axi_fifo_rd_inst (
    .clk(clk),
    .rst(rst),

    /*
     * AXI slave interface
     */
    .s_axi_arid(s_axi_arid),
    .s_axi_araddr(s_axi_araddr),
    .s_axi_arlen(s_axi_arlen),
    .s_axi_arsize(s_axi_arsize),
    .s_axi_arburst(s_axi_arburst),
    .s_axi_arlock(s_axi_arlock),
    .s_axi_arcache(s_axi_arcache),
    .s_axi_arprot(s_axi_arprot),
    .s_axi_arqos(s_axi_arqos),
    .s_axi_arregion(s_axi_arregion),
    .s_axi_aruser(s_axi_aruser),
    .s_axi_arvalid(s_axi_arvalid),
    .s_axi_arready(s_axi_arready),
    .s_axi_rid(s_axi_rid),
    .s_axi_rdata(s_axi_rdata),
    .s_axi_rresp(s_axi_rresp),
    .s_axi_rlast(s_axi_rlast),
    .s_axi_ruser(s_axi_ruser),
    .s_axi_rvalid(s_axi_rvalid),
    .s_axi_rready(s_axi_rready),

    /*
     * AXI master interface
     */
    .m_axi_arid(m_axi_arid),
    .m_axi_araddr(m_axi_araddr),
    .m_axi_arlen(m_axi_arlen),
    .m_axi_arsize(m_axi_arsize),
    .m_axi_arburst(m_axi_arburst),
    .m_axi_arlock(m_axi_arlock),
    .m_axi_arcache(m_axi_arcache),
    .m_axi_arprot(m_axi_arprot),
    .m_axi_arqos(m_axi_arqos),
    .m_axi_arregion(m_axi_arregion),
    .m_axi_aruser(m_axi_aruser),
    .m_axi_arvalid(m_axi_arvalid),
    .m_axi_arready(m_axi_arready),
    .m_axi_rid(m_axi_rid),
    .m_axi_rdata(m_axi_rdata),
    .m_axi_rresp(m_axi_rresp),
    .m_axi_rlast(m_axi_rlast),
    .m_axi_ruser(m_axi_ruser),
    .m_axi_rvalid(m_axi_rvalid),
    .m_axi_rready(m_axi_rready)
);

endmodule